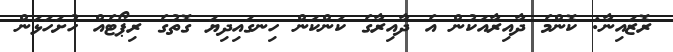
ރޮޒައިނާ: ކޮންމެ ދާއިރާއަކުން އެ ދާއިރާގެ ކަންކަން ހިނގައިދިޔަ ގޮތުގެ ރިޕޯޓެއް ހުށަހަޅަން